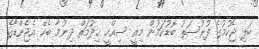
ބަލި ޖެހުމުގެ ފުރުސަތު ބޮޑުކަމުން މިއީ ސިއްހީ ޚިދުމަތް ދިނުމާ ބެހޭ އެޖެންޑާގެ